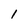
Character: 1